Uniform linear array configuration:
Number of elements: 48
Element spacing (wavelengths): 1
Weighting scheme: blackman
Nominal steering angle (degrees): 60
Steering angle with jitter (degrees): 58.475
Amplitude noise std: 0.05
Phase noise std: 0.05

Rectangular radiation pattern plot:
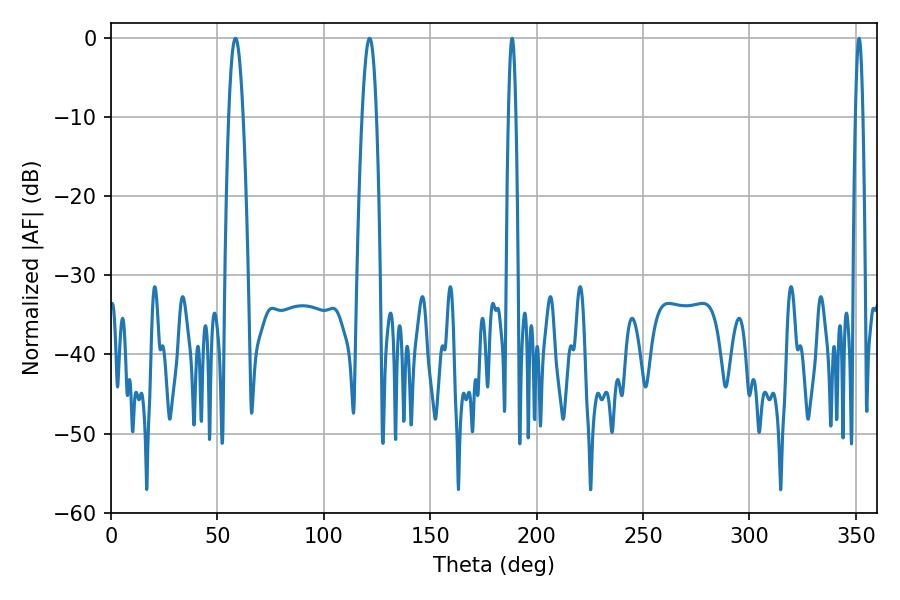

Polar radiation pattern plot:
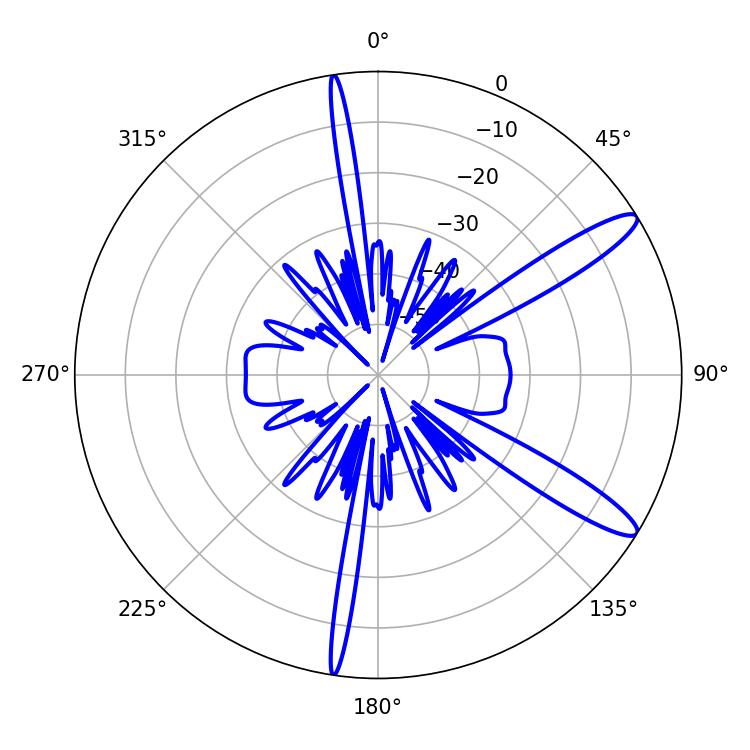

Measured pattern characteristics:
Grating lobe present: TRUE
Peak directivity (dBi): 12.618
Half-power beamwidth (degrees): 3.6
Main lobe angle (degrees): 121.5